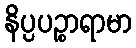
နိပ္ပပဉ္စာရာမာ